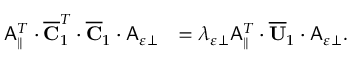
\begin{array} { r l } { \mathsf { A } _ { \parallel } ^ { T } \cdot \overline { { \mathbf { C } } } _ { 1 } ^ { T } \cdot \overline { { \mathbf { C } } } _ { 1 } \cdot \mathsf { A } _ { \varepsilon \perp } } & { = \lambda _ { \varepsilon \perp } \mathsf { A } _ { \parallel } ^ { T } \cdot \overline { { \mathbf { U } } } _ { 1 } \cdot \mathsf { A } _ { \varepsilon \perp } . } \end{array}